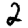
Digit: 2